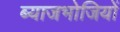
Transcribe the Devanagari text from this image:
ब्याजभोजियों